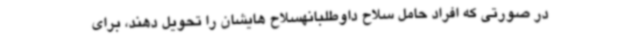
در صورتی که افراد حامل سلاح داوطلبانهسلاح هایشان را تحویل دهند، برای